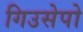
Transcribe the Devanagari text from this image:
गिउसेपो